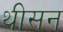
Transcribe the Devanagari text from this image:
थीसन